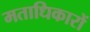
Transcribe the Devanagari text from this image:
मताधिकारों